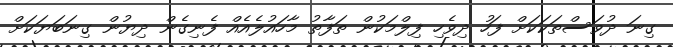
ގިނަ ދުވަސްތަކަކަށް ފަހު ދިވެހި ފިލްމަކުން ތަފާތު މާހައުލެއެއް ފެނިގެން ދިޔުން ގިނަބަޔަކަށް